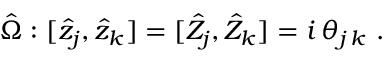
\hat { \Omega } : [ \hat { z } _ { j } , \hat { z } _ { k } ] = [ \hat { Z } _ { j } , \hat { Z } _ { k } ] = i \, \theta _ { j \, k } ~ .